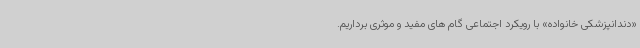
«دندانپزشکی خانواده» با رویکرد اجتماعی گام های مفید و موثری برداریم.